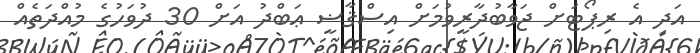
އަދި އެ ރިޕޯޓަށް ޖަވާބުދާރީވުމަށް އިސްޤާޟީ ޢަބްދު އަށް 30 ދުވަހުގެ މުއްދަތެއް